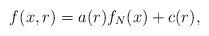
LaTeX: \begin{align*}f(x,r)=a(r)f_N(x)+c(r),\end{align*}